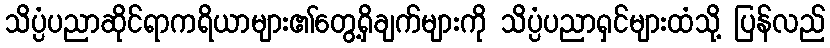
သိပ္ပံပညာဆိုင်ရာကရိယာများ၏တွေ့ရှိချက်များကို သိပ္ပံပညာရှင်များထံသို့ ပြန်လည်